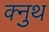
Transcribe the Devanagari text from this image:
क्नुथ